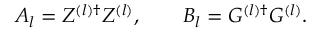
A _ { l } = Z ^ { ( l ) \dag } Z ^ { ( l ) } , \qquad B _ { l } = G ^ { ( l ) \dag } G ^ { ( l ) } .